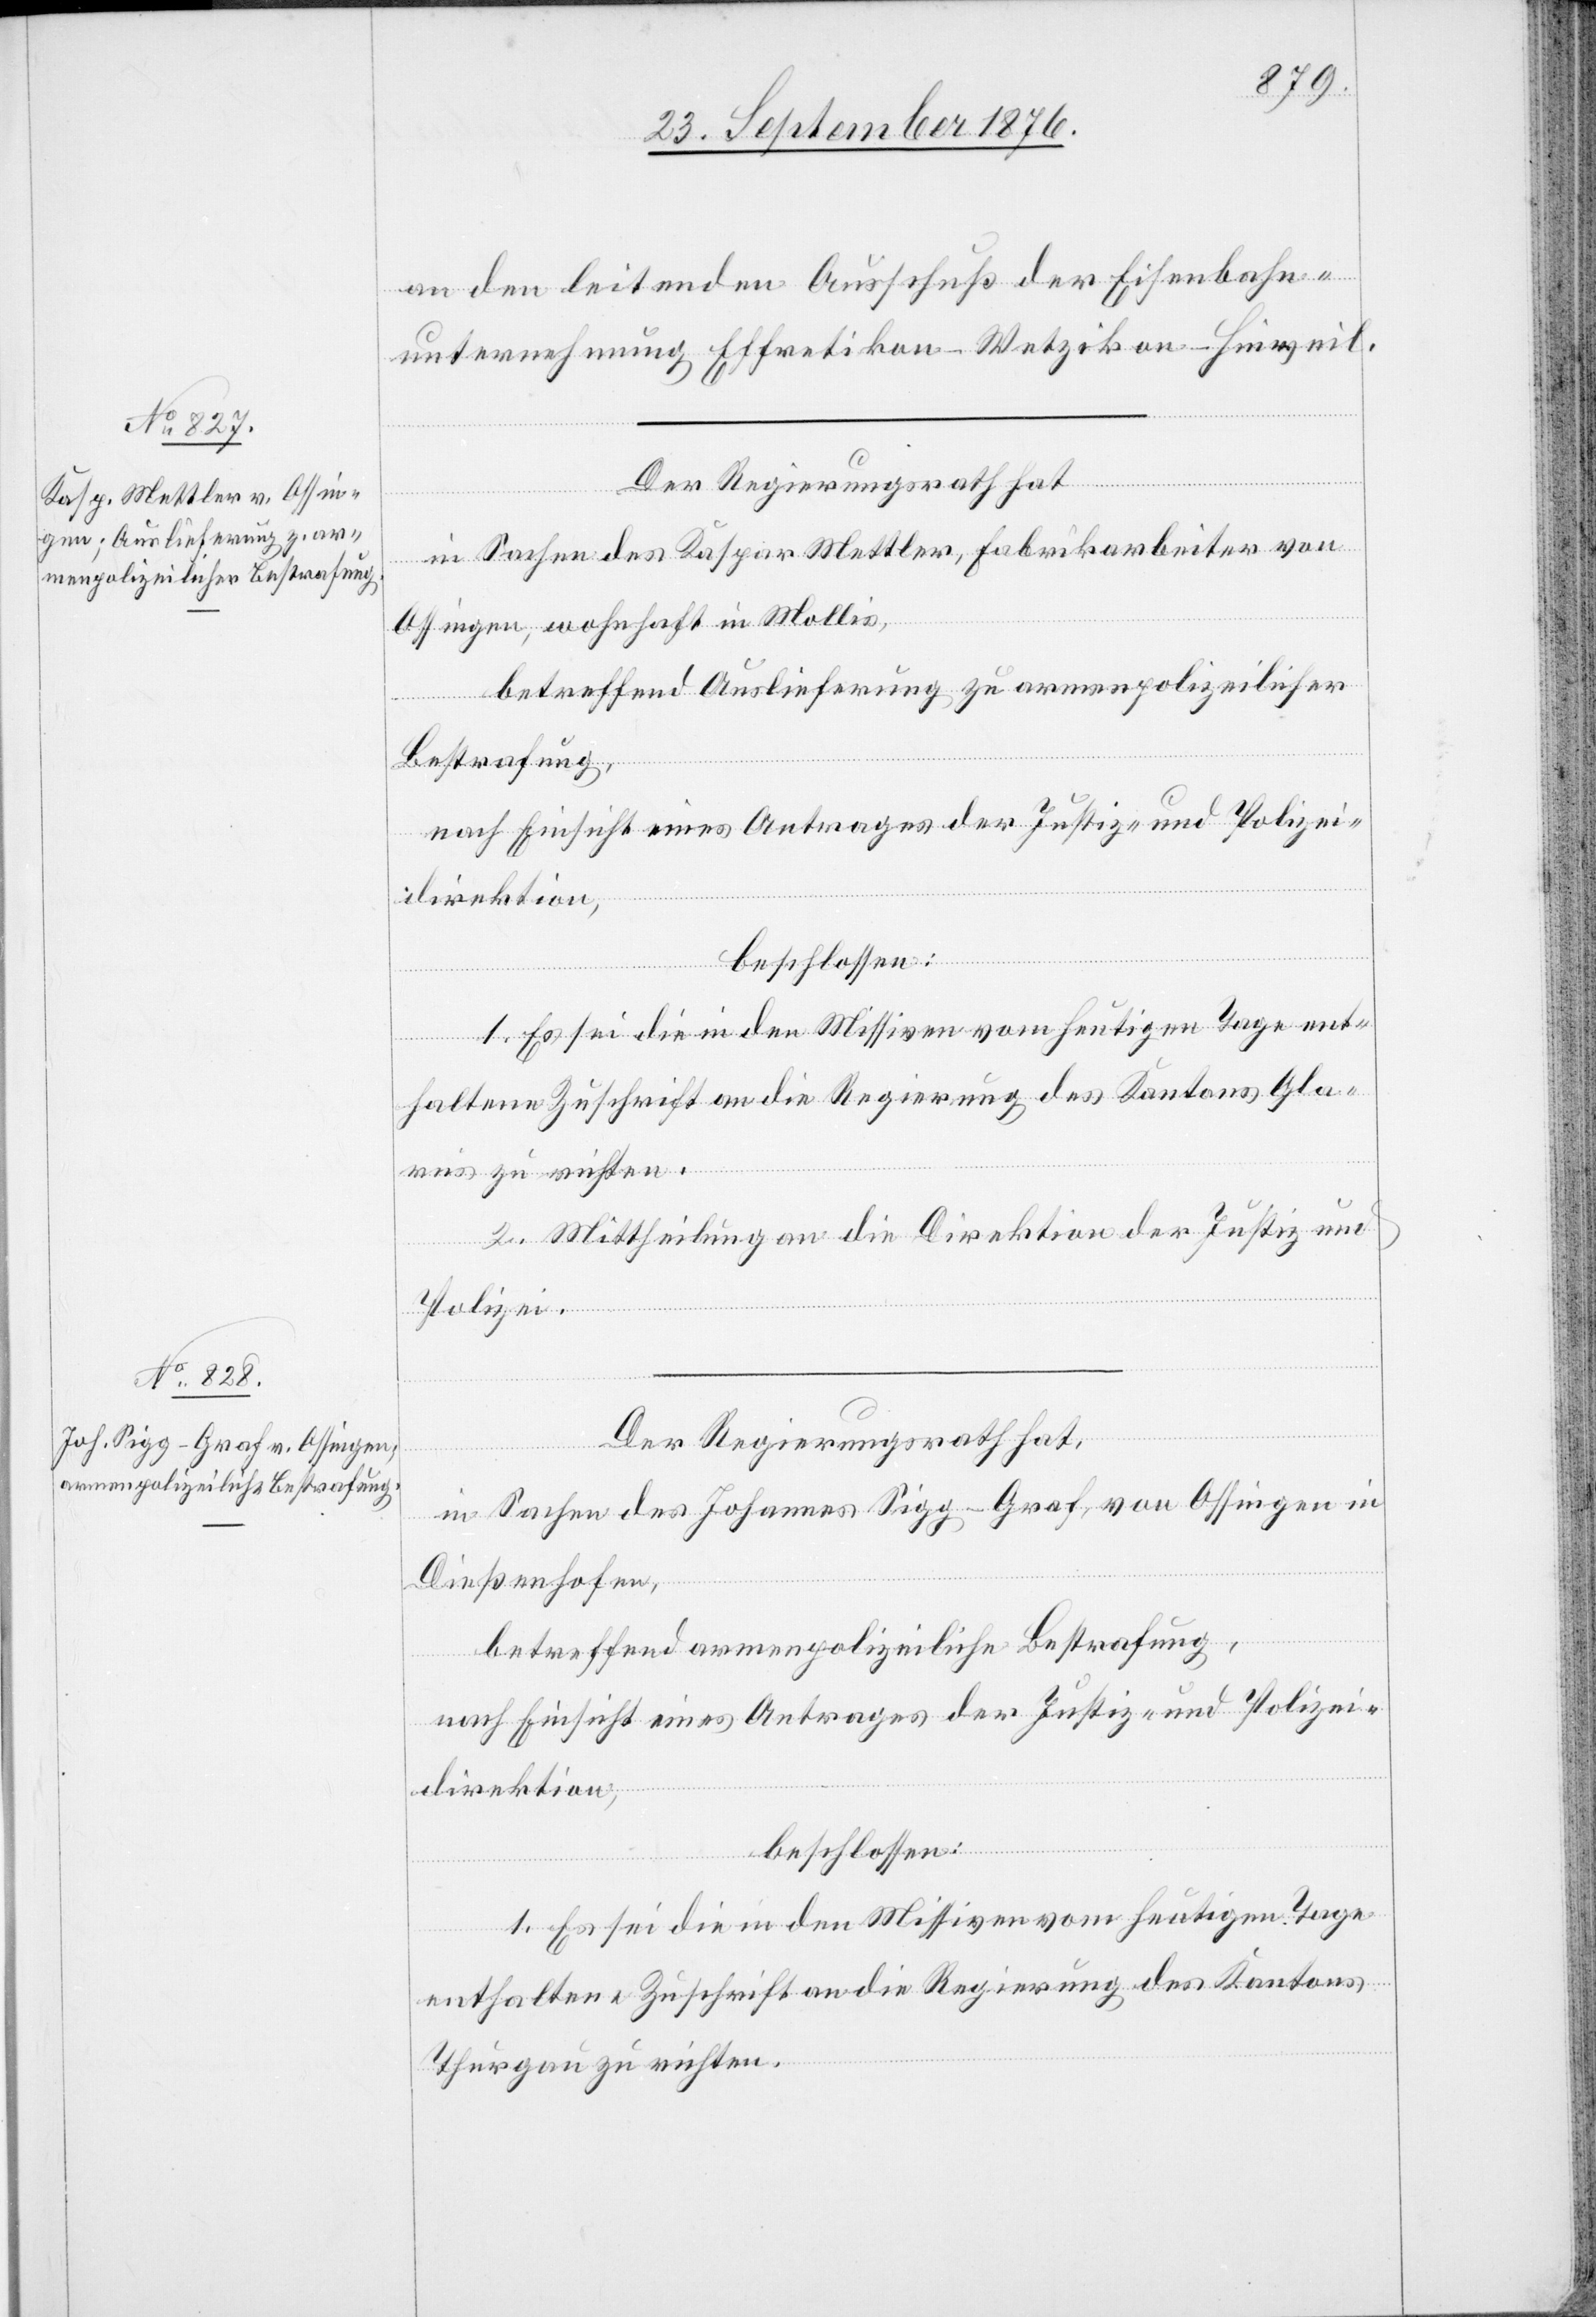
an den leitenden Ausschuß der Eisenbahn¬
unternehmung Effretikon–Wetzikon–Hinweil.
Der Regierungsrath hat
in Sachen des Kaspar Mettler, Fabrikarbeiter von
Ossingen, wohnhaft in Mollis,
betreffend Auslieferung zu armenpolizeilicher
Bestrafung,
nach Einsicht eines Antrages der Justiz- und Polizei¬
direktion,
beschlossen:
1. Es sei die in den Missiven vom heutigen Tage ent¬
haltene Zuschrift an die Regierung des Kantons Gla¬
rus zu richten.
2. Mittheilung an die Direktion der Justiz und
Polizei.
Der Regierungsrath hat
in Sachen des Johannes Sigg-Graf, von Ossingen in
Dießenhofen,
betreffend armenpolizeiliche Bestrafung,
nach Einsicht eines Antrages der Justiz- und Polizei¬
direktion,
beschlossen:
1. Es sei die in den Missiven vom heutigen Tage
enthaltene Zuschrift an die Regierung des Kantons
Thurgau zu richten.